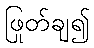
ဖြုတ်ချ၍